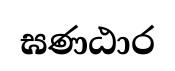
ඝණඨාර